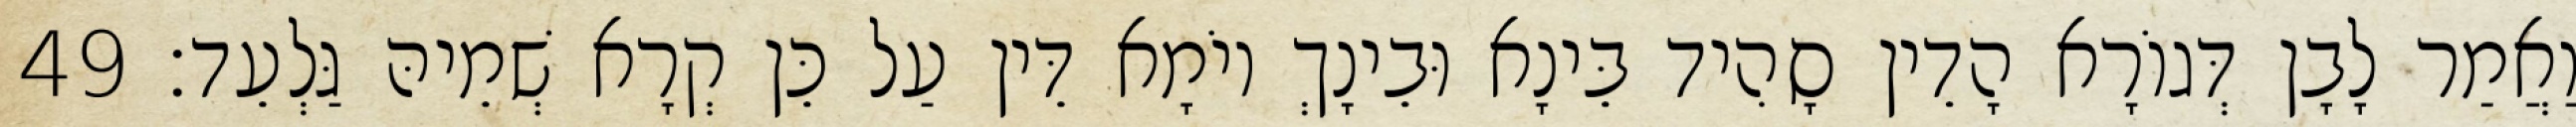
וַאֲמַר לָבָן דְּגוֹרָא הָדֵין סָהִיד בֵּינָא וּבֵינָךְ יוֹמָא דֵּין עַל כֵּן קְרָא שְׁמֵיהּ גַּלְעֵד׃ 49